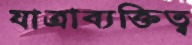
যাত্রাব্যক্তিত্ব